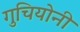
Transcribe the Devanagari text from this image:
गुचियोनी